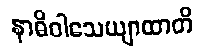
နာဓိဝါသေယျာထာတိ